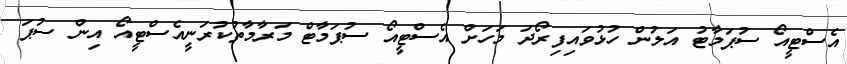
އެސްޓީއޯ ސުޕަމާޓު އަލުން ހުޅުވައިފިރޯދަ މަހަށް އެސްޓީއޯ ސުޕަމާޓް މަރާމާތުކުރަނީއެސްޓީއޯ އިން ސުޕަ